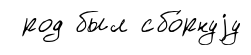
род был сбо́рнуjу